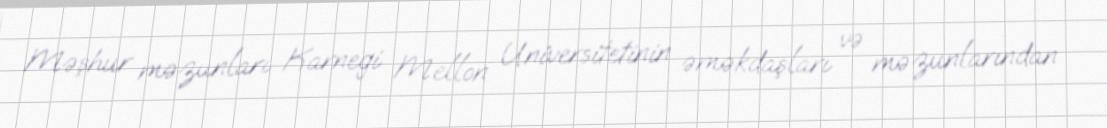
Məşhur məzunları Karnegi Mellon Universitetinin əməkdaşları və məzunlarından